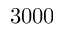
3 0 0 0